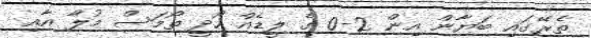
ތެރޭގައި ބަޔާން އިން 2-0 ގެ ލީޑެއް ހޯދީ ތޯމަސް މުލާ އާއި